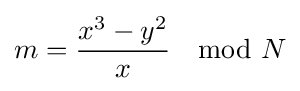
m={\frac {x^{3}-y^{2}}{x}}\mod N